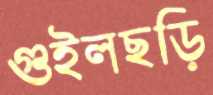
গুইলছড়ি